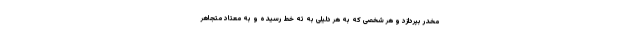
مخدر بپردازد و هر شخصی که به هر دلیلی به ته خط رسیده و به معتاد متجاهر